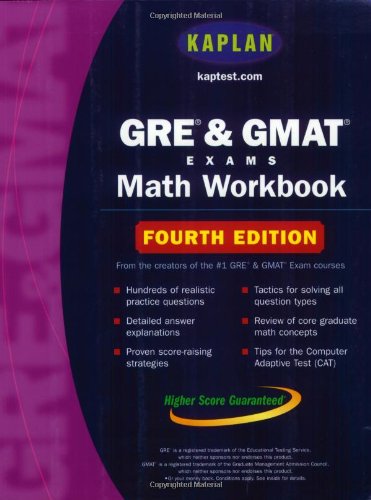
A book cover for Kaplan GRE & GMAT Exams Math Workbook: Fourth Edition (Kaplan GMAT Math Workbook); Kaplan; Test Preparation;